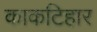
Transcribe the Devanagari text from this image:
काकटिहार